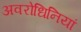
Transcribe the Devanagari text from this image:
अवरोधिनियां